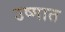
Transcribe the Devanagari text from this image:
उष्मात